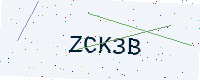
Text: ZCK3B